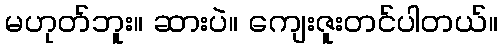
မဟုတ်ဘူး။ ဆားပဲ။ ကျေးဇူးတင်ပါတယ်။